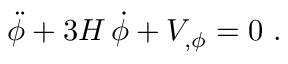
\ddot { \phi } + 3 H \, \dot { \phi } + V _ { , \phi } = 0 \ .